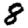
Digit: 8